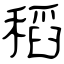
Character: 稻